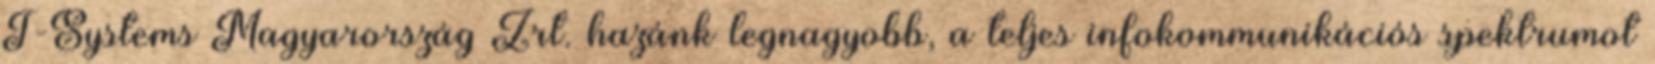
T-Systems Magyarország Zrt. hazánk legnagyobb, a teljes infokommunikációs spektrumot